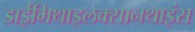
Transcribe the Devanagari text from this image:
डाईमिथाइलक्सानथाइंस